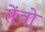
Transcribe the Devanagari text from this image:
सेंत्रो